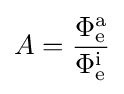
A=\mathrm {\frac {\Phi _{e}^{a}}{\Phi _{e}^{i}}}